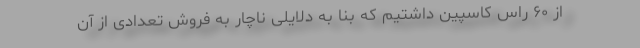
از ۶۰ راس کاسپین داشتیم که بنا به دلایلی ناچار به فروش تعدادی از آن